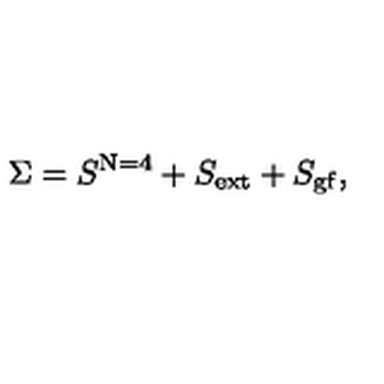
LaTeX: \Sigma = S ^ { \mathrm { N = 4 } } + S _ { \mathrm { e x t } } + S _ { \mathrm { g f } } ,